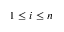
1 \leq i \leq n